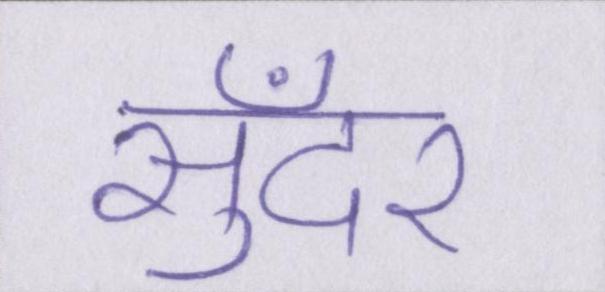
सुँदर